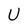
Character: U